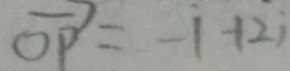
\overrightarrow { O P } = - 1 + 2 i